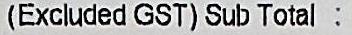
(EXCLUDED GST) SUB TOTAL :